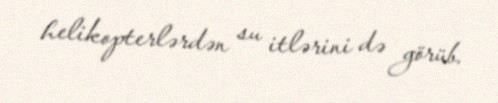
helikopterlərdən su itlərini də görüb.